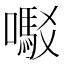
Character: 𫬇